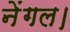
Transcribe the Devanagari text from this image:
नेंगल।